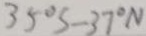
3 5 ^ { \circ } S - 3 7 ^ { \circ } N